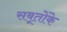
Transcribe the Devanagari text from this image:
सबूतोंके